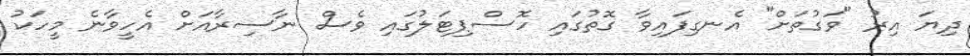
ދިޔަ އިރު "ވަގުތަށް" އެނގިފައިވާ ގޮތުގައި ހޮސްޕިޓަލުގައި ވެސް ނާސިރާއަށް އެހީވާނެ މީހަކު